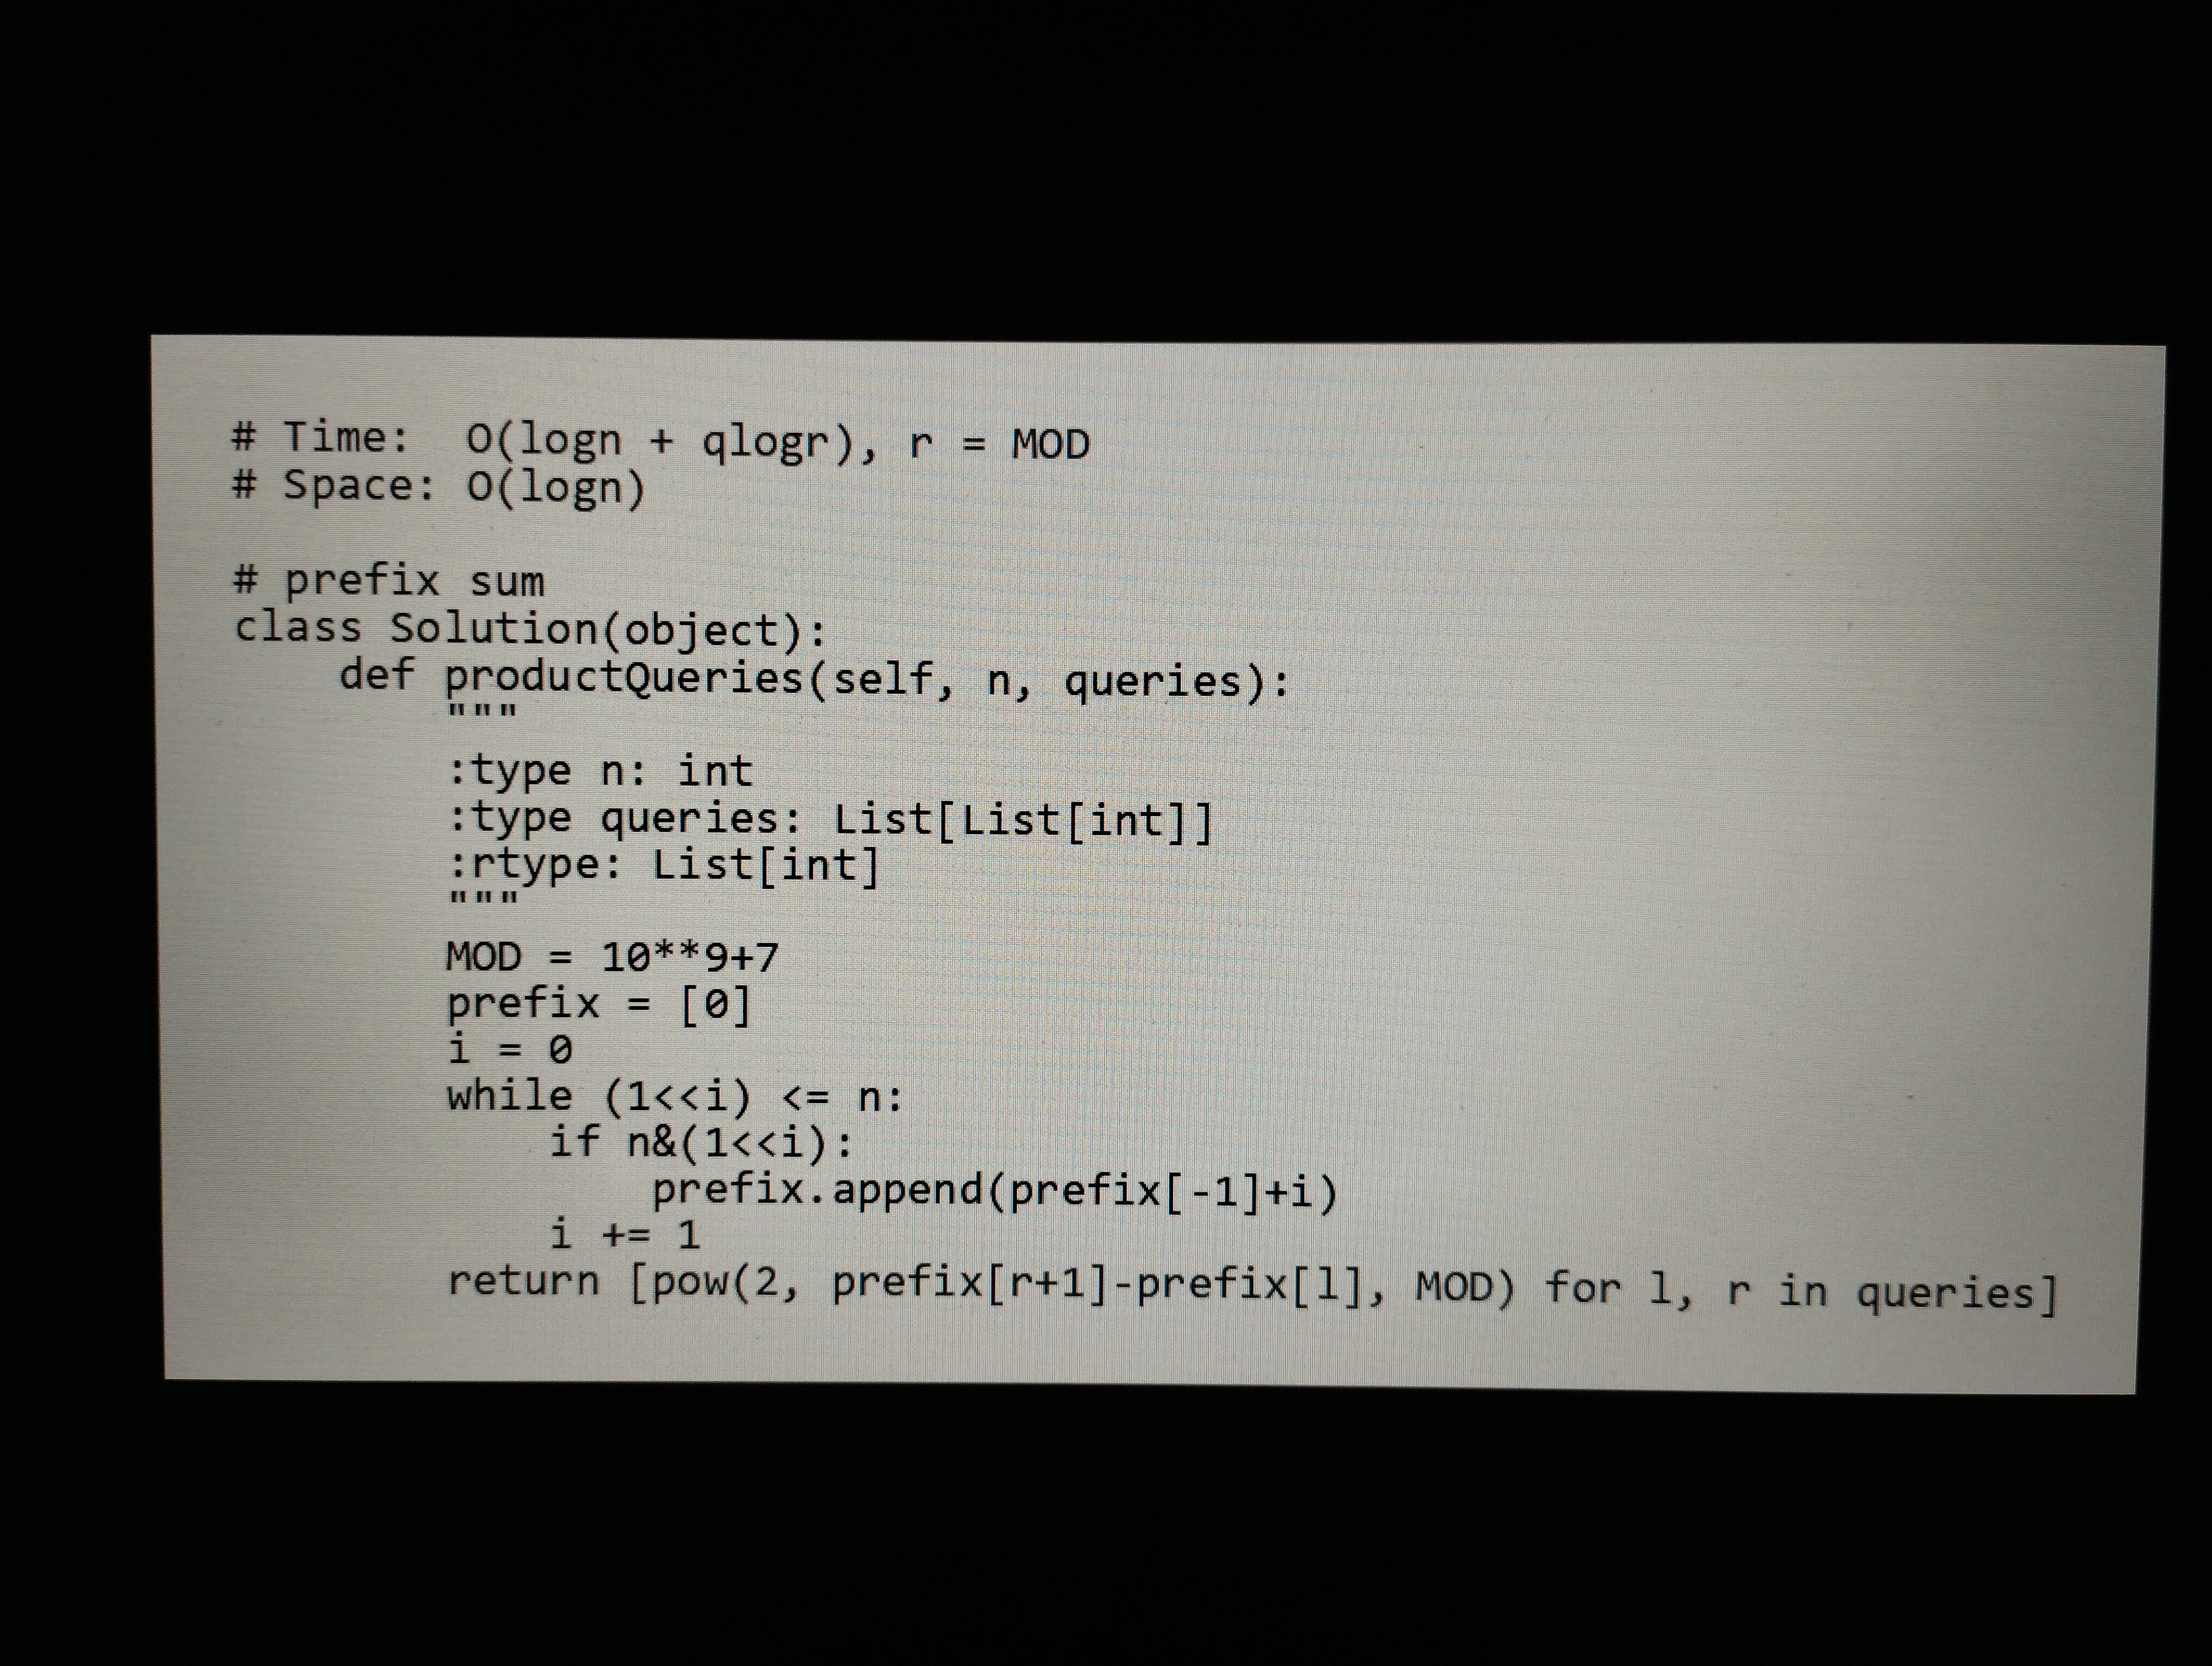
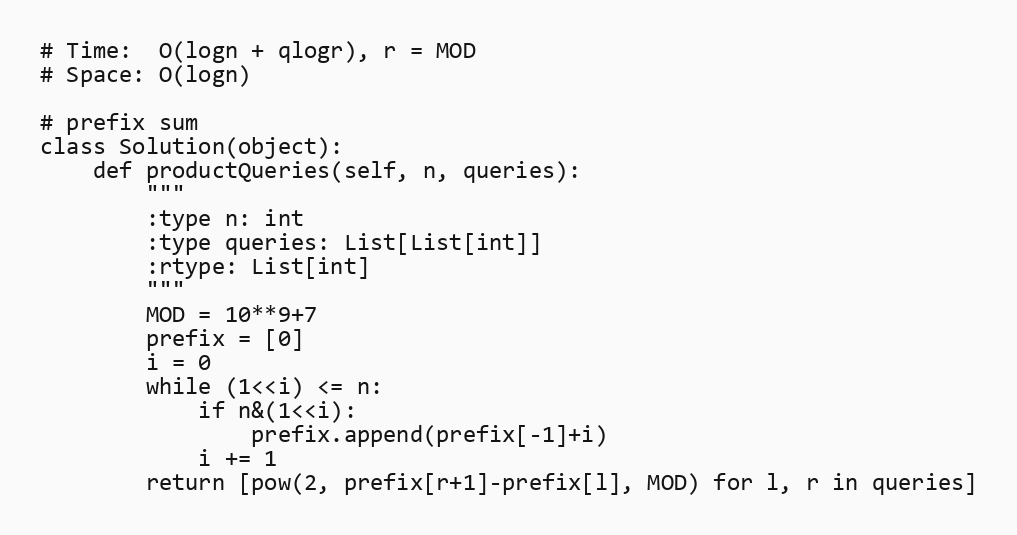
# Time:  O(logn + qlogr), r = MOD
# Space: O(logn)

# prefix sum
class Solution(object):
    def productQueries(self, n, queries):
        """
        :type n: int
        :type queries: List[List[int]]
        :rtype: List[int]
        """
        MOD = 10**9+7
        prefix = [0]
        i = 0
        while (1<<i) <= n:
            if n&(1<<i):
                prefix.append(prefix[-1]+i)
            i += 1
        return [pow(2, prefix[r+1]-prefix[l], MOD) for l, r in queries]